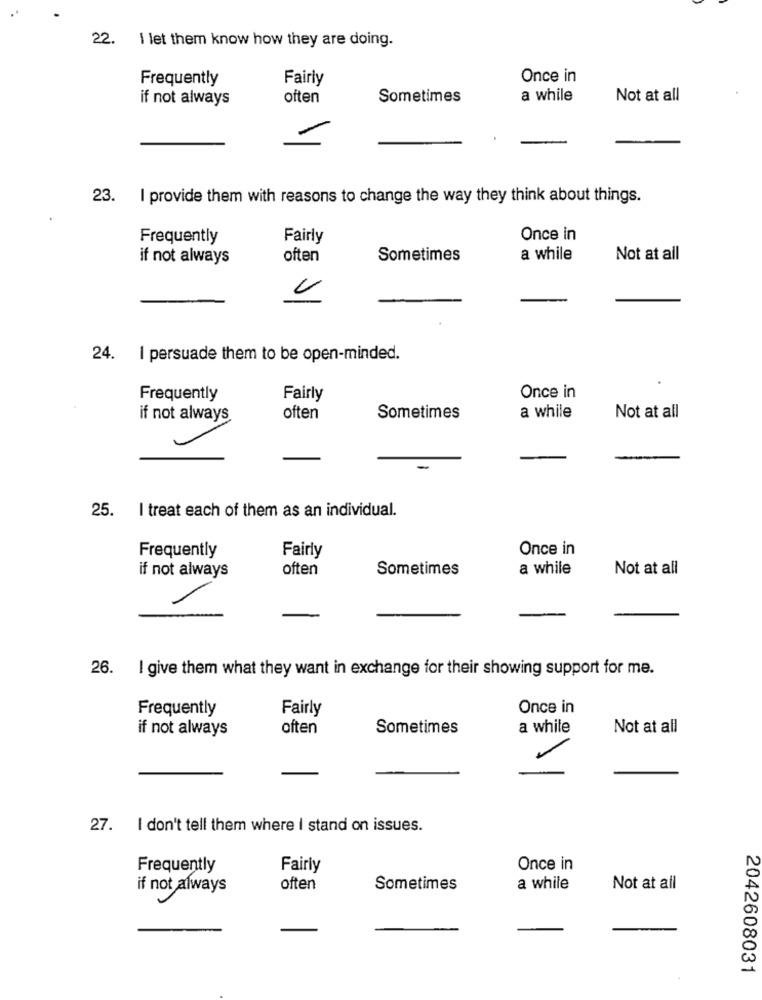
22.
I let them know how they are doing.
Frequently
Fairly
Once in
if not always
often
Sometimes
a while
Not at all
23.
I provide them with reasons to change the way they think about things.
Frequently
Fairly
Once in
if not always
often
Sometimes
a while
Not at all
24. I persuade them to be open-minded.
Frequently
Fairly
Once in
if not always
often
Sometimes
a while
Not at all
I treat each of them as an individual.
25.
Fairly
Once in
Frequently
often
Sometimes
a while
Not at all
if not always
26. I give them what they want in exchange for their showing support for me.
Frequently
Fairly
Once in
if not always
often
Sometimes
a while
Not at all
27. I don't tell them where I stand on issues.
Frequently
Fairly
Once in
if not always
often
Sometimes
a while
Not at all
2042608031